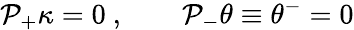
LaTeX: {\cal P}_{+}\kappa=0\ ,\qquad{\cal P}_{-}\theta\equiv\theta^{-}=0